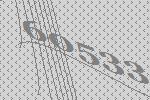
60533